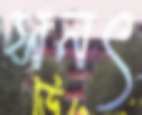
সনৎ